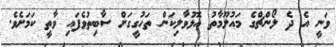
ވަނީ އެ ދެ ލޯންޗްގެ މައުލޫމާތު އޮޅުވާލިކަން ތަހުގީގަށް ސާބިތުވެފައި ވާތީ ކަމަށެވެ.